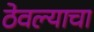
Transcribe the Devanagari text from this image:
ठेवल्याचा